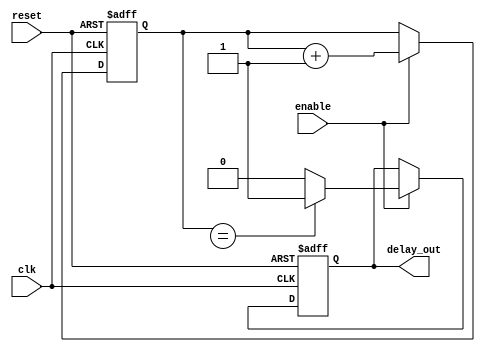
module rc_delay (
    input wire clk,           // input clock signal
    input wire reset,         // input reset signal
    input wire enable,        // enable signal to activate the delay
    output reg delay_out      // delayed output signal
    );
    
    reg [31:0] counter;       // counter for delay
    
    always @(posedge clk or posedge reset) begin
        if (reset) begin
            counter <= 0;
            delay_out <= 0;
        end else begin
            if (enable) begin
                counter <= counter + 1;
                if (counter == RC_VALUE) begin // RC_VALUE can be calculated based on R and C values
                    delay_out <= 1;
                end else begin
                    delay_out <= 0;
                end
            end
        end
    end
endmodule